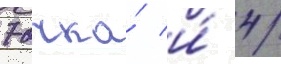
7 очка́ и́ 4